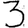
Digit: 3